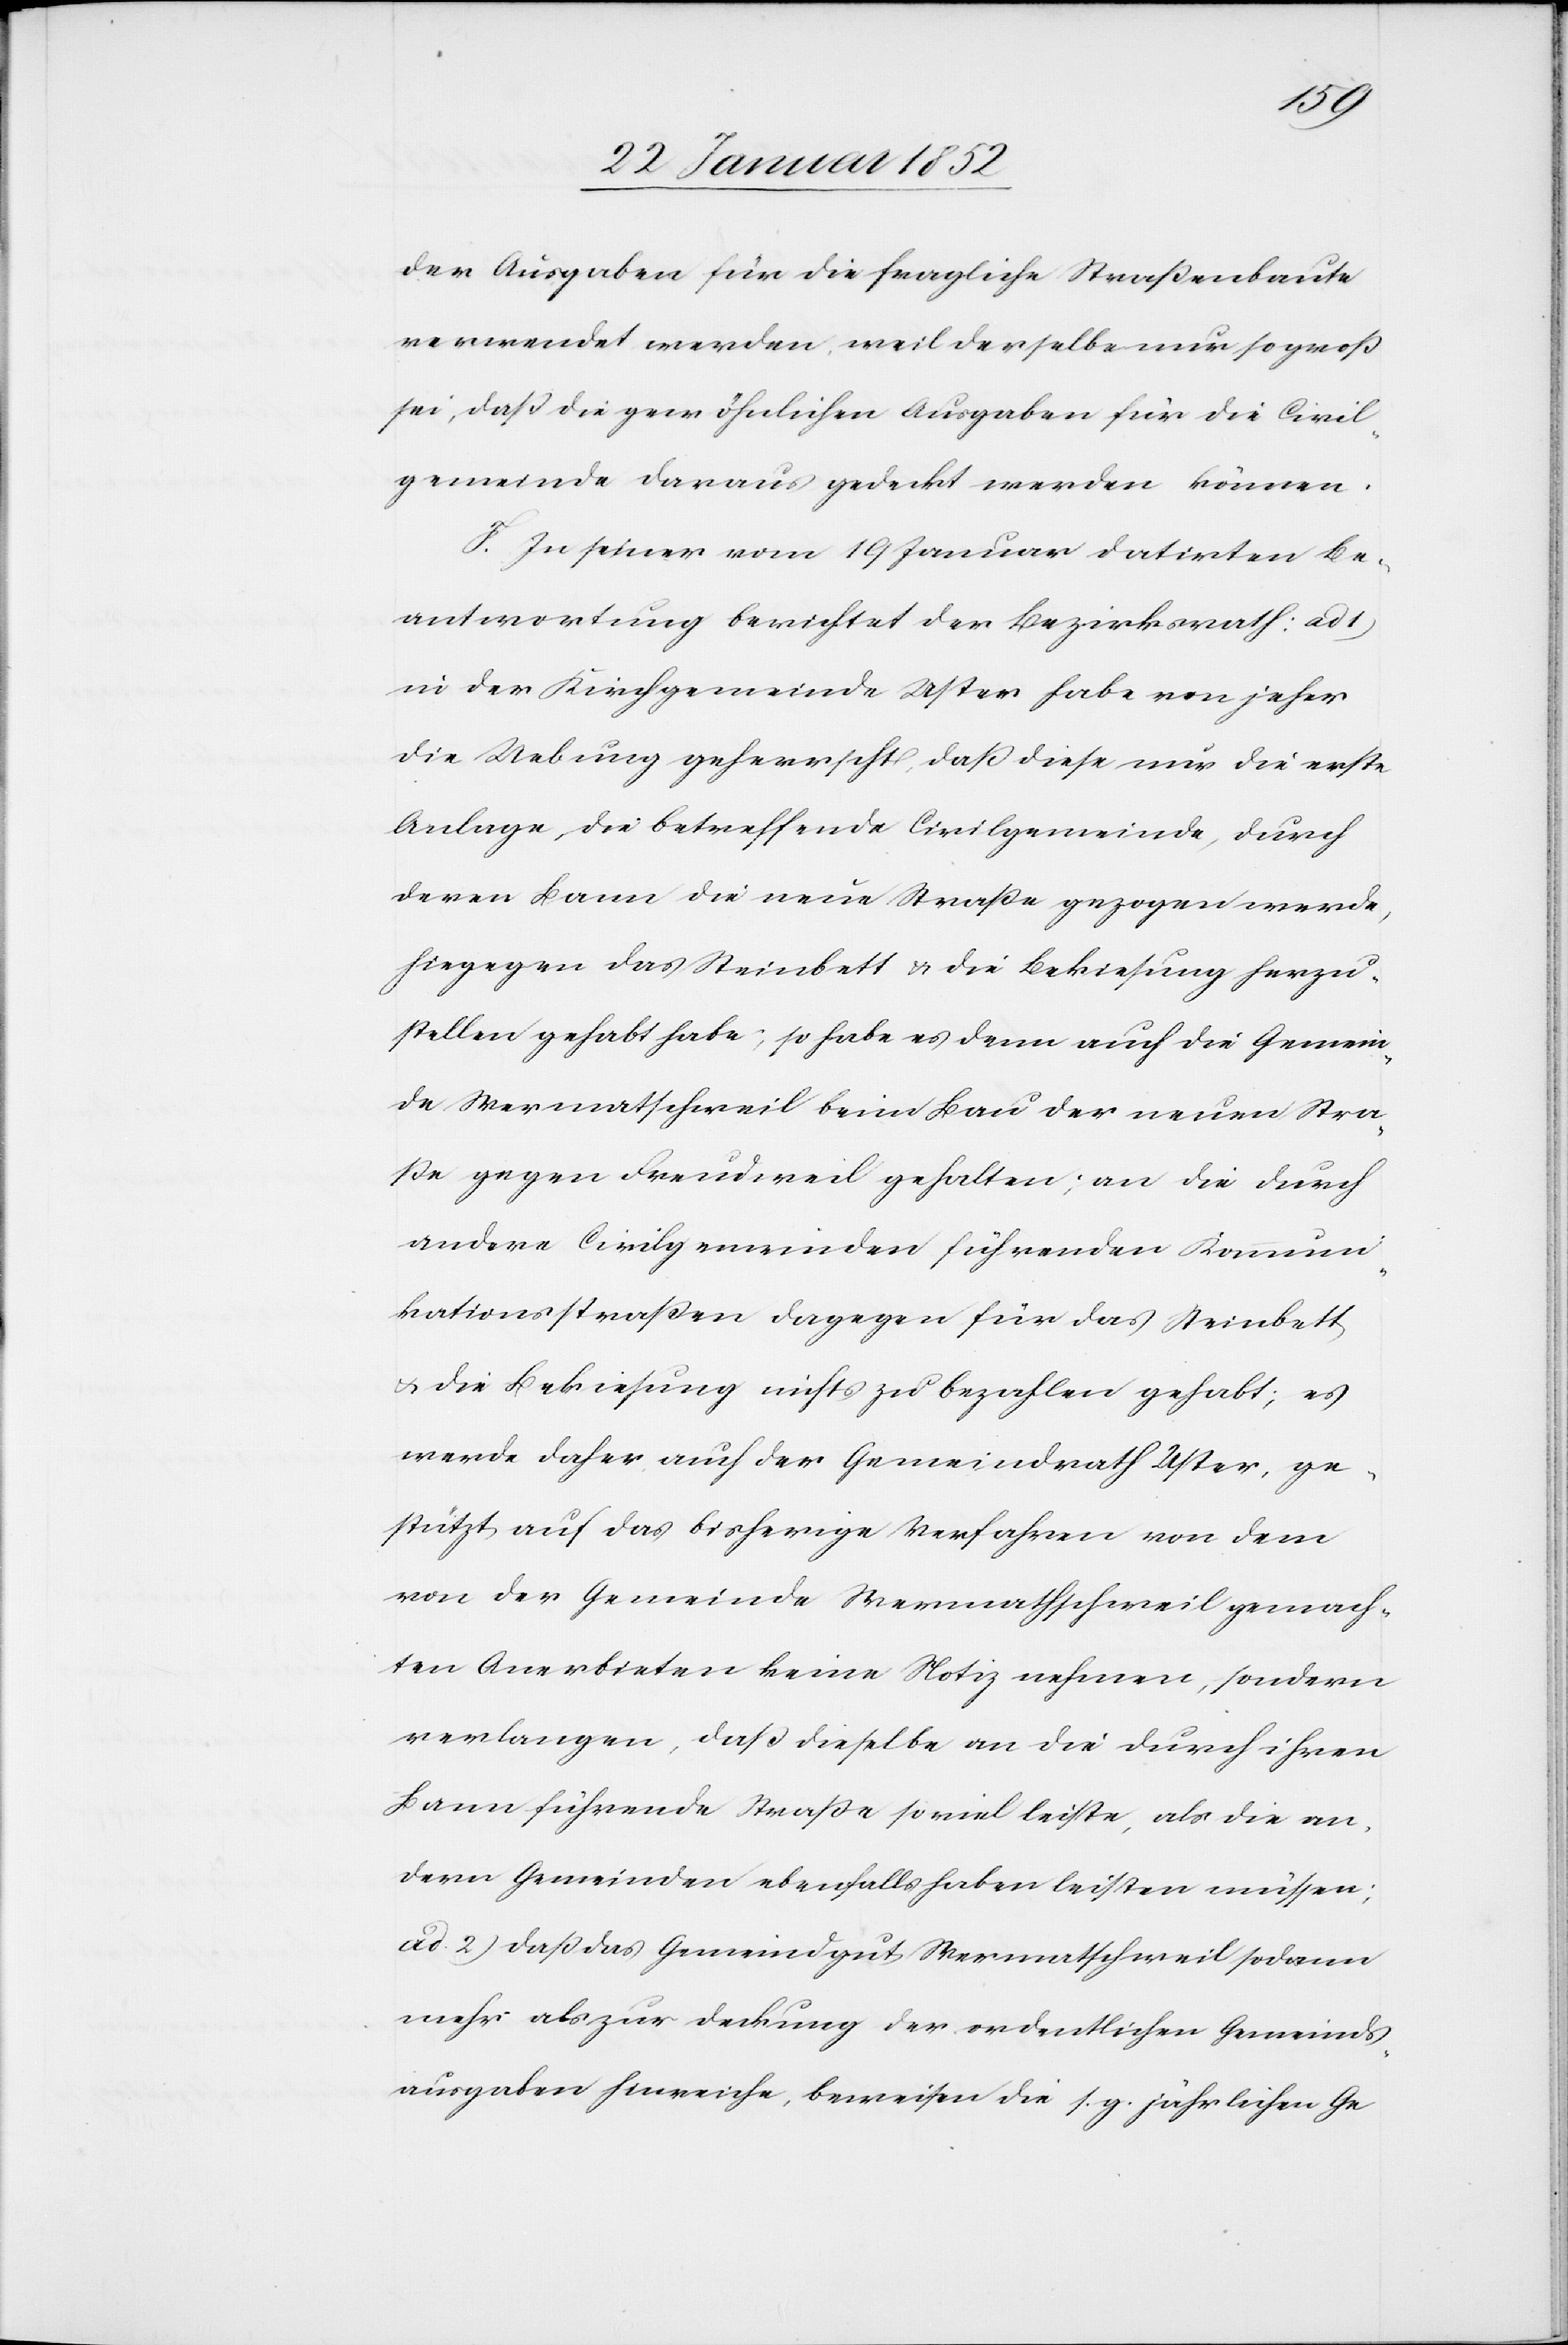
der Ausgaben für die fraglichen Straßenbaute
verwendet werden, weil derselbe nur so groß
sei, daß die gewöhnlichen Ausgaben für die Civil¬
gemeinde daraus gedeckt werden können.
F. In seiner vom 19 Januar datirten Be¬
antwortung berichtet der Bezirksrath: ad 1)
in der Kirchgemeinde Uster habe von jeher
die Uebung geherrscht, daß diese nur die erste
Anlage, die betreffende Civilgemeinde, durch
deren Bann die neue Straße gezogen werde,
hiegegen das Steinbett u. die Bekiesung herzu¬
stellen gehabt habe, so habe es denn auch die Gemein¬
de Wermatschweil beim Bau der neuen Stra¬
ße gegen Freudweil gehalten; an die durch
andere Civilgemeinden führenden Kommuni¬
kationsstraßen dagegen für das Steinbett
u. die Bekiesung nichts zu bezahlen gehabt; es
werde daher auch der Gemeindrath Uster, ge¬
stützt auf das bisherige Verfahren von dem
von der Gemeinde Wermathschweil gemach¬
ten Anerbieten keine Notiz nehmen, sondern
verlangen, daß dieselbe an die durch ihren
Bann führende Straße so viel leiste, als die an¬
dern Gemeinden ebenfalls haben leisten müssen;
ad 2) daß das Gemeindgut Wermathschweil sodann
mehr als zur Deckung der ordentlichen Gemeinds¬
ausgaben hinreiche, beweisen die s. g. jährliche Ge-